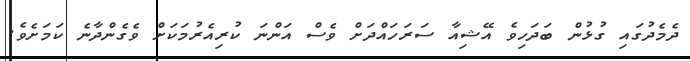
ދެމެދުގައި ގުޅުން ބަދަހިވެ އޭޝިއާ ސަރަހައްދަށް ވެސް އަންނަ ކުރިއެރުމަކަށް ވެގެންދާނެ ކަމަށެވެ.